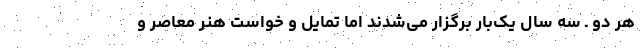
هر دو ـ سه سال یک‌بار برگزار می‌شدند اما تمایل و خواست هنر معاصر و